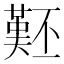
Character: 𱍨